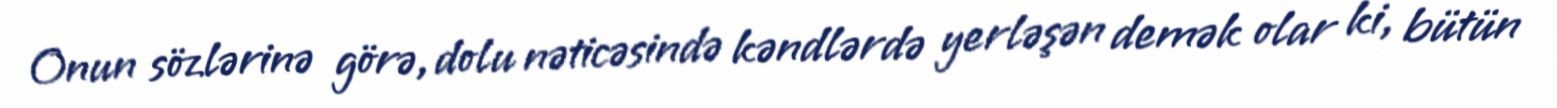
Onun sözlərinə görə, dolu nəticəsində kəndlərdə yerləşən demək olar ki, bütün